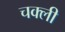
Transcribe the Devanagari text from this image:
चक्ली